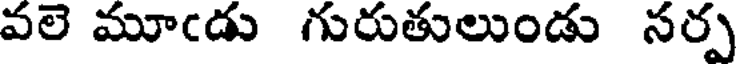
వలె మూఁడు గురుతులుండు సర్ప